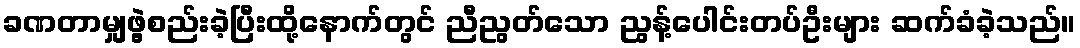
ခဏတာမျှဖွဲ့စည်းခဲ့ပြီးထို့နောက်တွင် ညီညွတ်သော ညွန့်ပေါင်းတပ်ဦးများ ဆက်ခံခဲ့သည်။